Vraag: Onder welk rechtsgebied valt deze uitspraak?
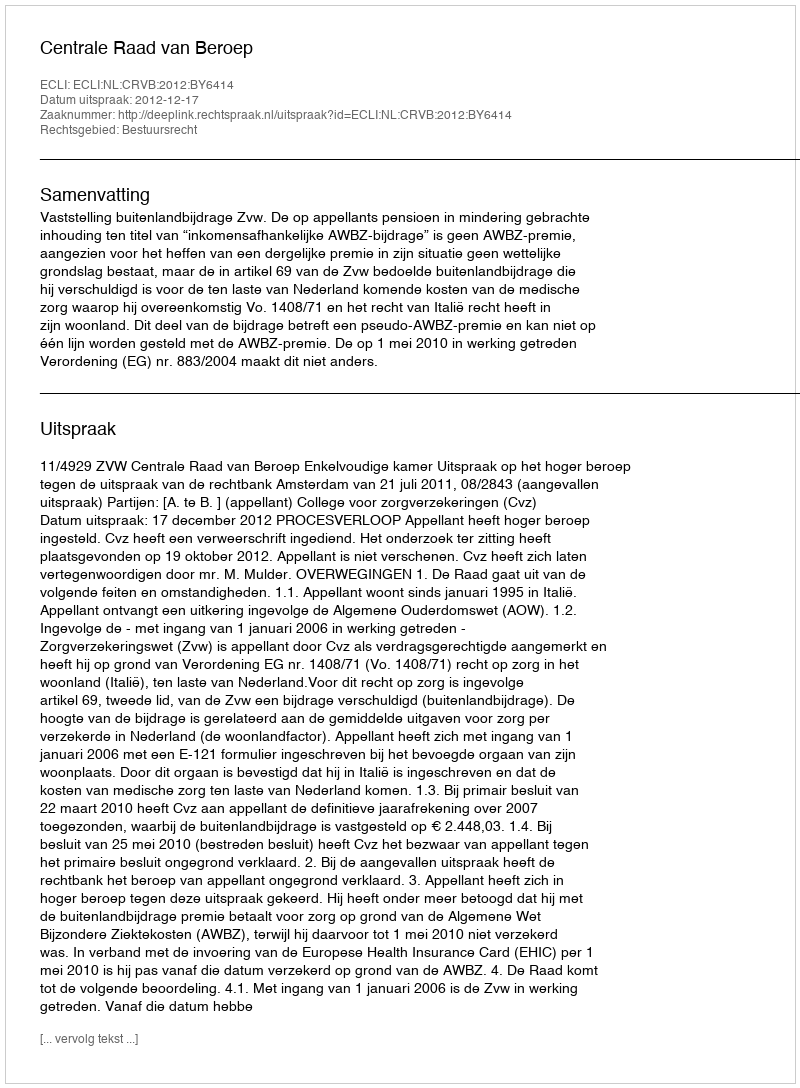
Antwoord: Bestuursrecht